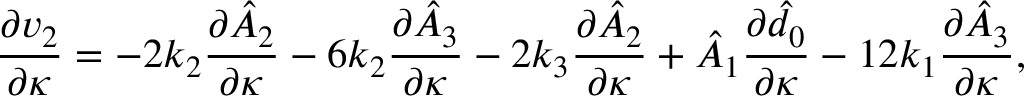
\frac { \partial v _ { 2 } } { \partial \kappa } = - 2 k _ { 2 } \frac { \partial \hat { A } _ { 2 } } { \partial \kappa } - 6 k _ { 2 } \frac { \partial \hat { A } _ { 3 } } { \partial \kappa } - 2 k _ { 3 } \frac { \partial \hat { A } _ { 2 } } { \partial \kappa } + \hat { A } _ { 1 } \frac { \partial \hat { d } _ { 0 } } { \partial \kappa } - 1 2 k _ { 1 } \frac { \partial \hat { A } _ { 3 } } { \partial \kappa } ,